Civil Veterinary Department ledger series I-VI
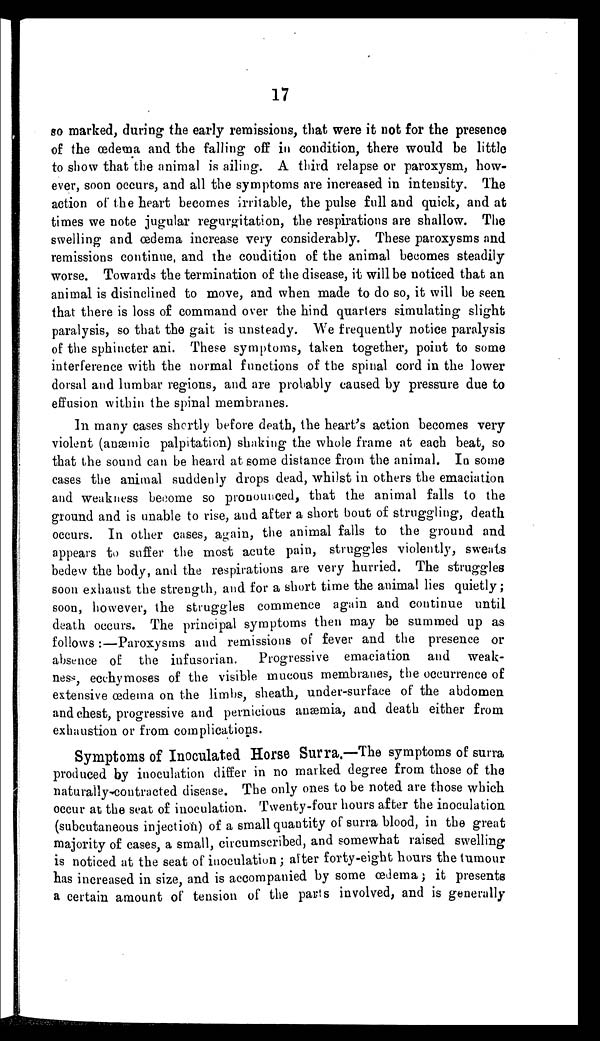
17
so marked, during the early remissions, that were it not for the presence
of the œdema and the falling off in condition, there would be little
to show that the animal is ailing. A third relapse or paroxysm, how-
ever, soon occurs, and all the symptoms are increased in intensity. The
action of the heart becomes irritable, the pulse full and quick, and at
times we note jugular regurgitation, the respirations are shallow. The
swelling and œdema increase very considerably. These paroxysms and
remissions continue, and the condition of the animal becomes steadily
worse. Towards the termination of the disease, it will be noticed that an
animal is disinclined to move, and when made to do so, it will be seen
that there is loss of command over the hind quarters simulating slight
paralysis, so that the gait is unsteady. We frequently notice paralysis
of the sphincter ani. These symptoms, taken together, point to some
interference with the normal functions of the spinal cord in the lower
dorsal and lumbar regions, and are probably caused by pressure due to
effusion within the spinal membranes.
In many cases shortly before death, the heart's action becomes very
violent (anæmic palpitation) shaking the whole frame at each beat, so
that the sound can be heard at some distance from the animal. In some
cases the animal suddenly drops dead, whilst in others the emaciation
and weakness become so pronounced, that the animal falls to the
ground and is unable to rise, and after a short bout of struggling, death
occurs. In other cases, again, the animal falls to the ground and
appears to suffer the most acute pain, struggles violently, sweats
bedew the body, and the respirations are very hurried. The struggles
soon exhaust the strength, and for a short time the animal lies quietly;
soon, however, the struggles commence again and continue until
death occurs. The principal symptoms then may be summed up as
follows:—Paroxysms and remissions of fever and the presence or
absence of the infusorian.
Progressive emaciation and weak-
ness, ecchymoses of the visible mucous membranes, the occurrence of
extensive œdema on the limbs, sheath, under-surface of the abdomen
and chest, progressive and pernicious auæmia, and death either from
exhaustion or from complications.
Symptoms of Inoculated Horse Surra.—The symptoms of surra
produced by inoculation differ in no marked degree from those of the
naturally-contracted disease. The only ones to be noted are those which
occur at the seat of inoculation. Twenty-four hours after the inoculation
(subcutaneous injection) of a small quantity of surra blood, in the great
majority of cases, a small, circumscribed, and somewhat raised swelling
is noticed at the seat of inoculation; alter forty-eight hours the tumour
has increased in size, and is accompanied by some œdema; it presents
a certain amount of tension of the parts involved, and is generally